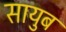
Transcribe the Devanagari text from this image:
सायुब